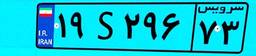
۸۶S۴۸۵۶۲